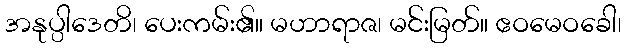
အနုပ္ပါဒေတိ၊ ပေးကမ်း၏။ မဟာရာဇ၊ မင်းမြတ်။ ဧဝမေဝခေါ၊